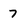
Character: 7